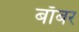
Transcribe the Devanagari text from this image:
बाँबर